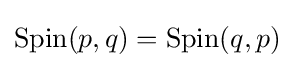
{\text{Spin}}(p,q)={\text{Spin}}(q,p)